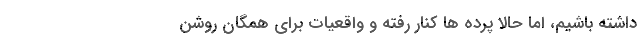
داشته باشیم، اما حالا پرده ها کنار رفته و واقعیات برای همگان روشن